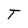
Character: T